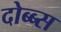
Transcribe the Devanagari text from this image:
दोब्ब्स